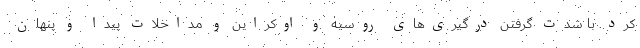
کرد. با شدت گرفتن درگیری‌های روسیه و اوکراین و مداخلات پیدا و پنهان